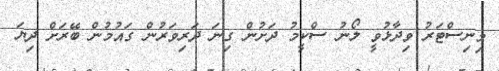
މިނިސްޓަރު ވިދާޅުވީ ލޯނު ސްކީމު ދަށުން ގިނަ ދަރިވަރުން ގައުމުން ބޭރަށް ދިޔަ